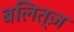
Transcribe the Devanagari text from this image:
बलित्ज़